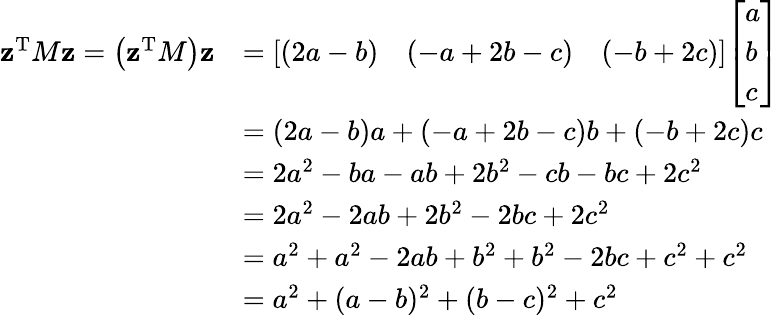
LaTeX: {\begin{array}{rl}{\mathbf{z}^{\operatorname{T}}M\mathbf{z}=\left(\mathbf{z}^{\operatorname{T}}M\right)\mathbf{z}}&{={\left[\begin{array}{lll}{(2a-b)}&{(-a+2b-c)}&{(-b+2c)}\end{array}\right]}{\left[\begin{array}{l}{a}\\ {b}\\ {c}\end{array}\right]}}\\ &{=(2a-b)a+(-a+2b-c)b+(-b+2c)c}\\ &{=2a^{2}-ba-ab+2b^{2}-cb-bc+2c^{2}}\\ &{=2a^{2}-2ab+2b^{2}-2bc+2c^{2}}\\ &{=a^{2}+a^{2}-2ab+b^{2}+b^{2}-2bc+c^{2}+c^{2}}\\ &{=a^{2}+(a-b)^{2}+(b-c)^{2}+c^{2}}\end{array}}